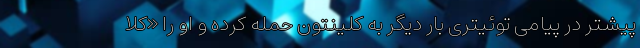
پیشتر در پیامی توئیتری بار دیگر به کلینتون حمله کرده و او را «کلا